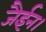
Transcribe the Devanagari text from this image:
जैईन।